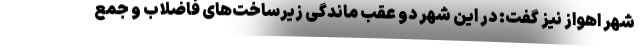
شهر اهواز نیز گفت: در این شهر دو عقب ماندگی زیرساخت‌های فاضلاب و جمع